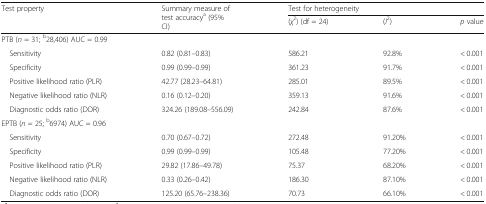
<table><thead><tr><td rowspan="2"><b>Test property</b></td><td rowspan="2"><b>Summary measure of test accuracy<sup>a</sup> (95% CI)</b></td><td colspan="3"><b>Test for heterogeneity</b></td></tr><tr><td><b>(<i>χ</i><sup>2</sup>) (df = 24)</b></td><td><b>(<i>I</i><sup>2</sup>)</b></td><td><b><i>p</i> value</b></td></tr></thead><tbody><tr><td colspan="5">PTB (<i>n</i> = 31; <sup>b</sup>28,406) AUC = 0.99</td></tr><tr><td> Sensitivity</td><td>0.82 (0.81–0.83)</td><td>586.21</td><td>92.8%</td><td>&lt; 0.001</td></tr><tr><td> Specificity</td><td>0.99 (0.99–0.99)</td><td>361.23</td><td>91.7%</td><td>&lt; 0.001</td></tr><tr><td> Positive likelihood ratio (PLR)</td><td>42.77 (28.23–64.81)</td><td>285.01</td><td>89.5%</td><td>&lt; 0.001</td></tr><tr><td> Negative likelihood ratio (NLR)</td><td>0.16 (0.12–0.20)</td><td>359.13</td><td>91.6%</td><td>&lt; 0.001</td></tr><tr><td> Diagnostic odds ratio (DOR)</td><td>324.26 (189.08–556.09)</td><td>242.84</td><td>87.6%</td><td>&lt; 0.001</td></tr><tr><td colspan="5">EPTB (<i>n</i> = 25; <sup>b</sup>6974) AUC = 0.96</td></tr><tr><td> Sensitivity</td><td>0.70 (0.67–0.72)</td><td>272.48</td><td>91.20%</td><td>&lt; 0.001</td></tr><tr><td> Specificity</td><td>0.99 (0.99–0.99)</td><td>105.48</td><td>77.20%</td><td>&lt; 0.001</td></tr><tr><td> Positive likelihood ratio (PLR)</td><td>29.82 (17.86–49.78)</td><td>75.37</td><td>68.20%</td><td>&lt; 0.001</td></tr><tr><td> Negative likelihood ratio (NLR)</td><td>0.33 (0.26–0.42)</td><td>186.30</td><td>87.10%</td><td>&lt; 0.001</td></tr><tr><td> Diagnostic odds ratio (DOR)</td><td>125.20 (65.76–238.36)</td><td>70.73</td><td>66.10%</td><td>&lt; 0.001</td></tr></tbody></table>